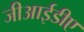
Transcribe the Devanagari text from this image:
जीआईडीए